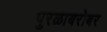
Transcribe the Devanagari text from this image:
पुरळाबरोबर